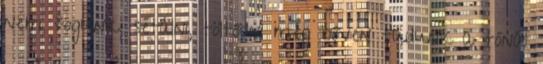
nem fogunk, sétálni, töltődni még bőven tudunk a tónál